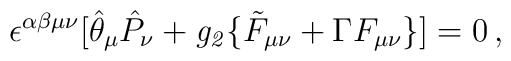
\epsilon^{\alpha\beta\mu\nu} \big[ \hat \theta_\mu \hat P_\nu +{\it g_2} \{ \tilde F_{\mu\nu} + \Gamma F_{\mu\nu} \} \big] = 0 \,,